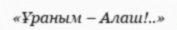
«Ұраным – Алаш!..»